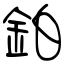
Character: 鉑